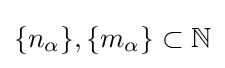
\{n_{\alpha }\},\{m_{\alpha }\}\subset \mathbb {N}